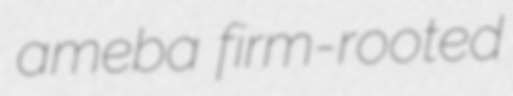
ameba firm-rooted